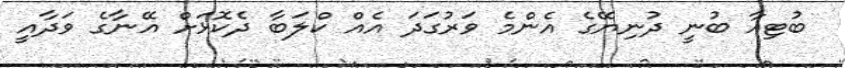
ބުޓިއާ ބުނީ ދުނިޔޭގެ އެންމެ ވަރުގަދަ އެއް ކްލަބާ ދެކޮޅަށް އޭނާގެ ވަދާއީ